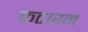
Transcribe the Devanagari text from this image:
कटारम